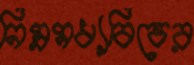
নিম্নমধ্যবিত্তের